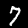
Label: 7